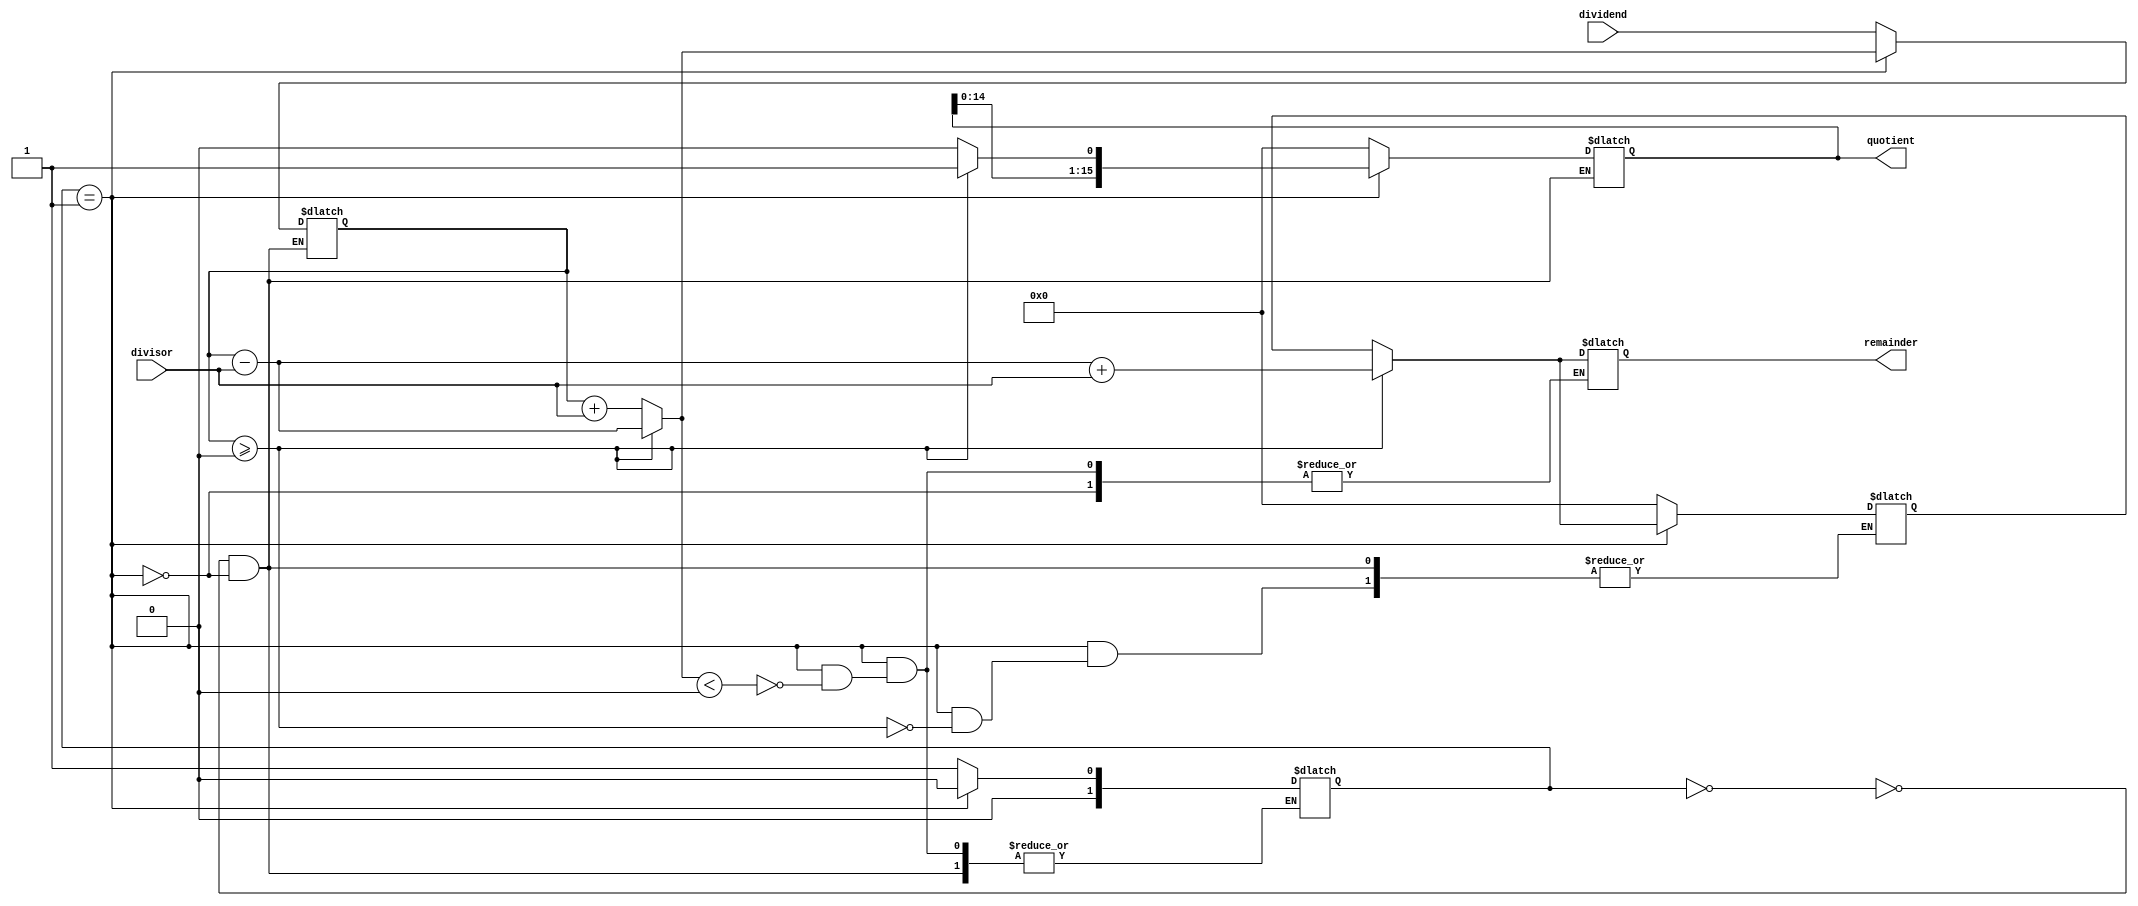
module NonRestoringDivider (
    input [15:0] dividend,
    input [15:0] divisor,
    output reg [15:0] quotient,
    output reg [15:0] remainder
);

reg [15:0] temp_dividend;
reg [15:0] temp_remainder;
reg [1:0] state;

always @(*) begin
    case (state)
        2'b00: begin // Initialization
            temp_dividend = dividend;
            temp_remainder = 0;
            quotient = 0;
            state = 2'b01; // Start division
        end
        2'b01: begin // Division
            if (temp_dividend >= 0) begin
                temp_dividend = temp_dividend - divisor;
                temp_remainder = temp_dividend + divisor;
                quotient = quotient << 1;
                quotient[0] = 1;
            end else begin
                temp_dividend = temp_dividend + divisor;
                quotient = quotient << 1;
            end

            if (temp_dividend < 0) begin
                state = 2'b00; // End division
                remainder = temp_remainder;
            end
        end
    endcase
end

endmodule